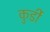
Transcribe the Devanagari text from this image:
कुर्डी